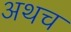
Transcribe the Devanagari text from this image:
अथच